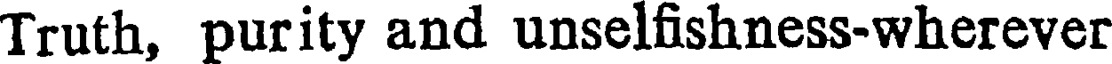
Truth, purity and unselfishness-wherever